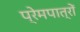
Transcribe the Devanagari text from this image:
प्रेमपात्रों